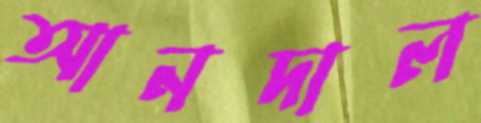
আনদাল